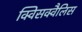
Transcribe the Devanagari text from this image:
क्विसक्वैलिस